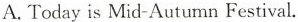
A.Today is Mid-Autumn Festival.